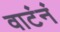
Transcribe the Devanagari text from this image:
वाटंनं